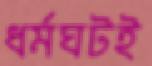
ধর্মঘটই